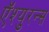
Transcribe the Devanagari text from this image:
ऍश्युरन्स